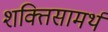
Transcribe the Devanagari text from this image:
शक्तिसामर्थ